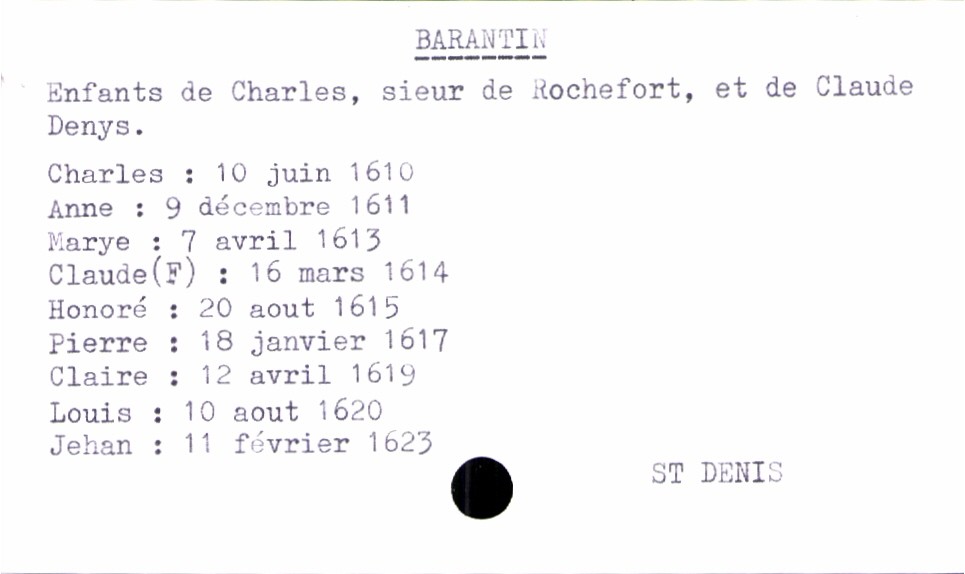
type_acte: Baptême
filiation: fils
enfant_prénom: Jehan
enfant_date_de_naissance: 11 février 1623
enfant_lieu_de_naissance: Saint Denis
père_enfant_nom: Barantin
père_enfant_prénom: Charles
père_enfant_profession: sieur de Rochefort
mère_enfant_nom: Denys
mère_enfant_prénom: Claude